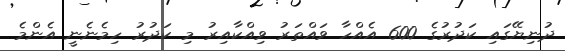
ދުނިޔޭގައި ކަދުރުގެ 600 އެއްހާ ވައްތަރު ވިއްކާއިރު މި ކަދުރު ހިމެނެނީ އެންމެ